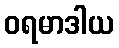
ဝရမာဒါယ